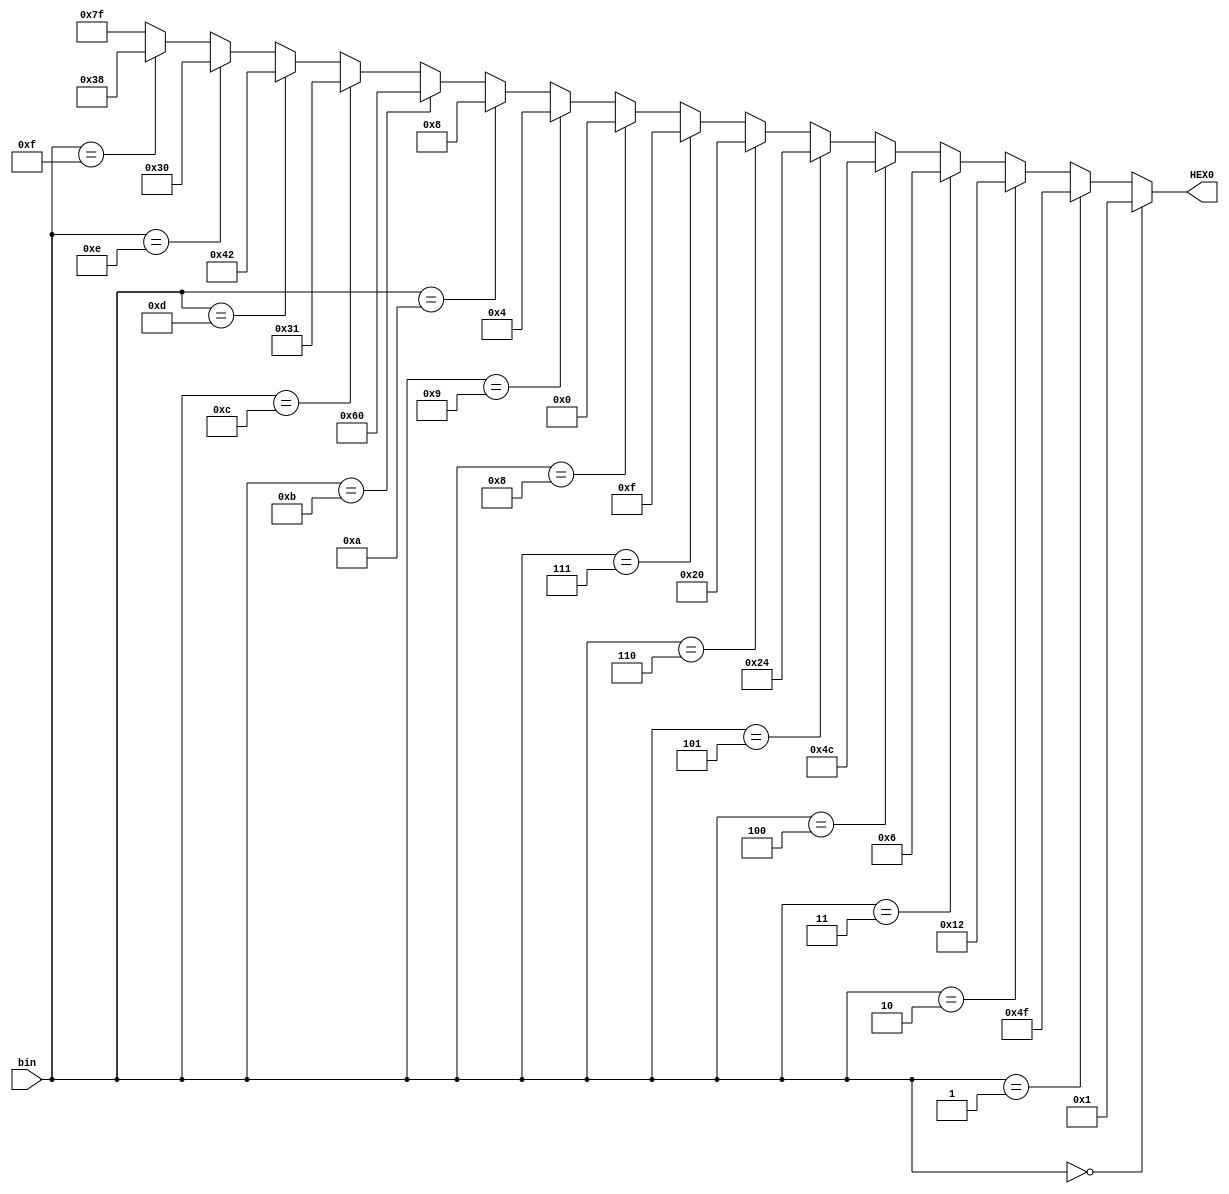
module decoder_7seg(bin, HEX0);
    input [3:0] bin;
    output [0:6] HEX0;

assign HEX0 = (bin == 4'd0) ? 7'b0000001:
              (bin == 4'd1) ? 7'b1001111:
              (bin == 4'd2) ? 7'b0010010:
              (bin == 4'd3) ? 7'b0000110:
              (bin == 4'd4) ? 7'b1001100:
              (bin == 4'd5) ? 7'b0100100:
              (bin == 4'd6) ? 7'b0100000:
              (bin == 4'd7) ? 7'b0001111:
              (bin == 4'd8) ? 7'b0000000:
              (bin == 4'd9) ? 7'b0000100:
              (bin == 4'd10) ? 7'b0001000: // Tng ng vi A
              (bin == 4'd11) ? 7'b1100000: // Tng ng vi B
              (bin == 4'd12) ? 7'b0110001: // Tng ng vi C
              (bin == 4'd13) ? 7'b1000010: // Tng ng vi D
              (bin == 4'd14) ? 7'b0110000: // Tng ng vi E
              (bin == 4'd15) ? 7'b0111000: // Tng ng vi F
              7'b1111111; 

endmodule